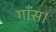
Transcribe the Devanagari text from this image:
गाँस।